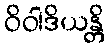
ဝိဝါဒိယန္တိ